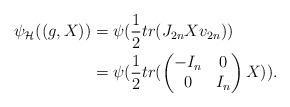
LaTeX: \begin{align*}\psi_{\mathcal{H}} ((g,X)) & = \psi(\frac{1}{2} tr(J_{2n} X v_{2n}))\\& = \psi(\frac{1}{2} tr(\begin{pmatrix}-I_n & 0 \\0 & I_n\end{pmatrix} X)).\end{align*}